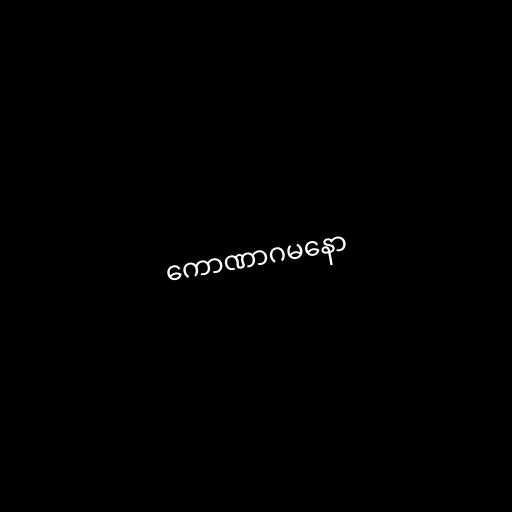
ကောဏာဂမနော